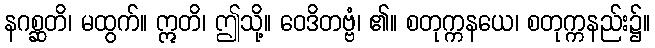
နဂစ္ဆတိ၊ မထွက်။ ဣတိ၊ ဤသို့။ ဝေဒိတဗ္ဗံ၊ ၏။ စတုက္ကနယေ၊ စတုက္ကနည်း၌။